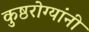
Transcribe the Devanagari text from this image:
कुष्ठरोग्यांनी